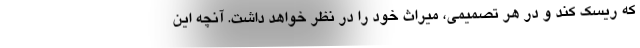
که ریسک کند و در هر تصمیمی، میراث خود را در نظر خواهد داشت. آنچه این